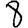
Digit: 8